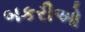
બકરીઓ